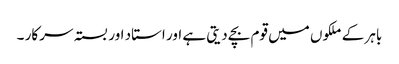
باہر کے ملکوں میں قوم بچے دیتی ہے اور استاد اور بستہ سرکار ۔